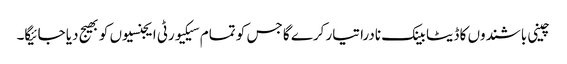
چینی باشندوں کا ڈیٹا بینک نادرا تیار کرے گا جس کو تمام سیکیورٹی ایجنسیوں کو بھیج دیا جائیگا۔